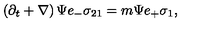
\left( \partial _ { t } + \nabla \right) \Psi e _ { - } \sigma _ { 2 1 } = m \Psi e _ { + } \sigma _ { 1 } ,